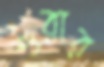
শুরার